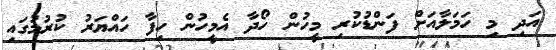
އަދި މި ހަމަލާއަށް ފަންޑުކުރި މީހުން ހޯދާ އެމީހުން ހިފާ ހައްޔަރު ކުރުމުގައި